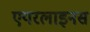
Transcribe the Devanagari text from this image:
एयरलाइनस